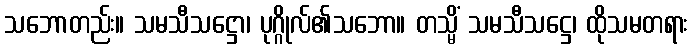
သဘောတည်း။ သမသီသဋ္ဌော၊ ပုဂ္ဂိုလ်၏သဘော။ တသ္မိံ သမသီသဋ္ဌေ၊ ထိုသမတရား